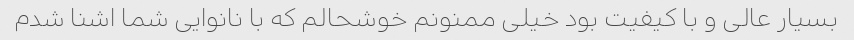
بسیار عالی و با کیفیت بود خیلی ممنونم خوشحالم که با نانوایی شما اشنا شدم